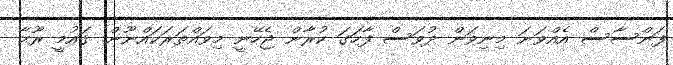
ފަންސާސް އެއްވަނަ މިނިވަން ދުވަސް ފާހަގަ ކުރާން ޖެހޭނީ މިވައްތަރަކައްނޫން. ޤައުމީ ރޫޙާ